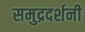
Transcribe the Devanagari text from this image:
समुद्रदर्शनी